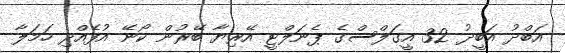
އަބްދު އަބީދު 32 އީގަލްސްގެ ޕެނަލްޓީ އޭރިޔާ ބޭރުން ކޯނޭ އުފެއްދި ހަމަލާ